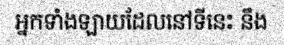
អ្នកទាំងឡាយដែលនៅទីនេះ នឹង